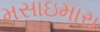
મસાઇમારા